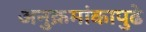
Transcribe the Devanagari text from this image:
अनुक्रमांकापुढे